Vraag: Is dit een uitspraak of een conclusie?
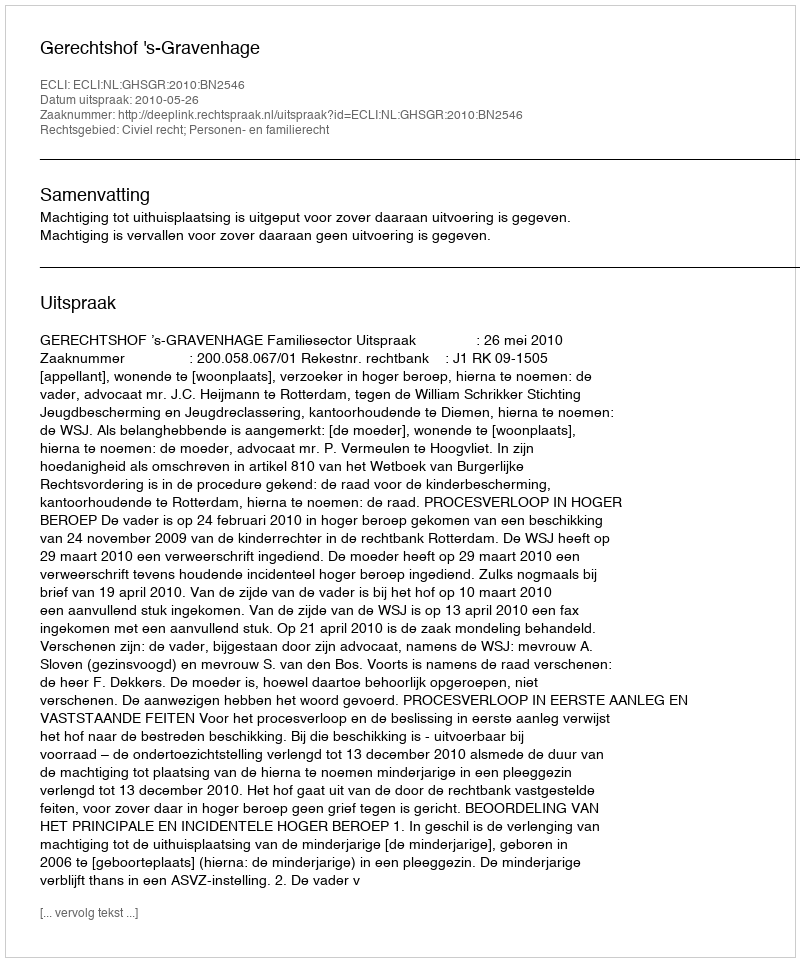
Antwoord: Uitspraak